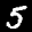
Label: 5